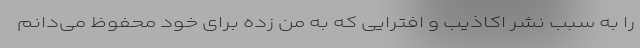
را به سبب نشر اکاذیب و افترایی که به من زده برای خود محفوظ می‌دانم